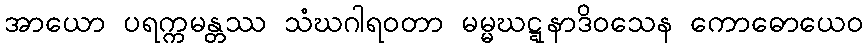
အာယော ပရက္ကမန္တဿ သံဃဂါရဝတာ မမ္မဃဋ္ဋနာဒိဝသေန ကောဓောယေဝ